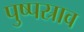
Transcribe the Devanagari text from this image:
पुष्पस्राव